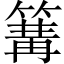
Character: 篝